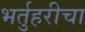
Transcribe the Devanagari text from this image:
भर्तुहरीचा